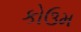
કોઉમ